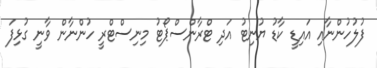
ފުލުހުންނާއި އައިޑީ ކާޑު ޔުނިޓު އަދި ޓްރާންސްޕޯޓު މިނިސްޓްރީ ހުންނާން ވާނީ ގުޅިފަ